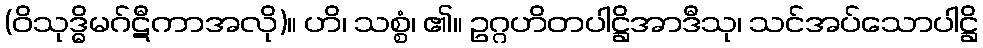
(ဝိသုဒ္ဓိမဂ်ဋီကာအလို)။ ဟိ၊ သစ္စံ၊ ၏။ ဥဂ္ဂဟိတပါဋ္ဌိအာဒီသု၊ သင်အပ်သောပါဋ္ဌိ